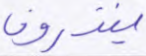
ينذرون